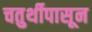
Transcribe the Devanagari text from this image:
चतुर्थीपासून